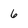
Character: 6